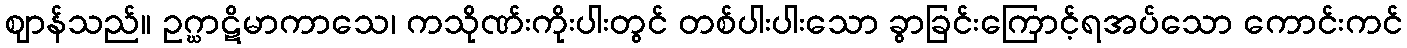
ဈာန်သည်။ ဥဂ္ဃာဋိမာကာသေ၊ ကသိုဏ်းကိုးပါးတွင် တစ်ပါးပါးသော ခွာခြင်းကြောင့်ရအပ်သော ကောင်းကင်